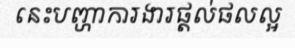
នេះបញ្ហាការងារផ្តល់ផលល្អ